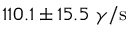
1 1 0 . 1 \pm 1 5 . 5 ~ \gamma / \mathrm { s }